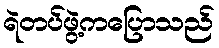
ရဲတပ်ဖွဲ့ကပြောသည်